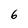
Character: 6